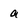
Character: a